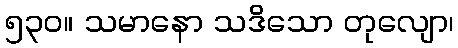
၅၃၀။ သမာနော သဒိသော တုလျော၊